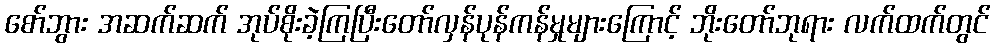
စော်ဘွား အဆက်ဆက် အုပ်စိုးခဲ့ကြပြီးတော်လှန်ပုန်ကန်မှုများကြောင့် ဘိုးတော်ဘုရား လက်ထက်တွင်